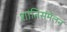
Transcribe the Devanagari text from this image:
शांतिसंमेलन